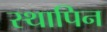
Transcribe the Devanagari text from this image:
स्थापिन